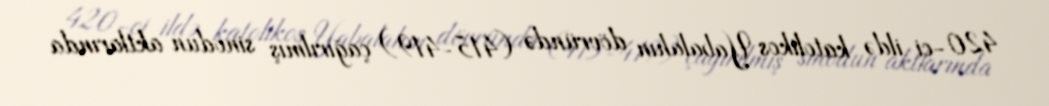
420-ci ildə katolikos Yabalahın dövründə (415-419) çağırılmış sinodun aktlarında